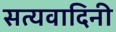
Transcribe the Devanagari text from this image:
सत्यवादिनी